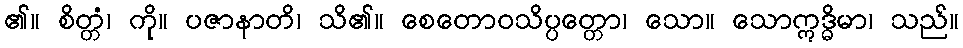
၏။ စိတ္တံ၊ ကို။ ပဇာနာတိ၊ သိ၏။ စေတောဝသိပ္ပတ္တော၊ သော။ သောဣဒ္ဓိမာ၊ သည်။